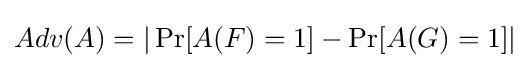
Adv(A)=|\Pr[A(F)=1]-\Pr[A(G)=1]|